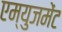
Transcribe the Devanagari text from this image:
एम्युजमेंट